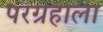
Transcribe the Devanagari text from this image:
परग्रहाला